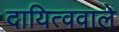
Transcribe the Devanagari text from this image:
दायित्ववाले